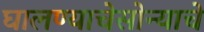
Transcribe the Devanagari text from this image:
घालण्याचेसोन्याचे